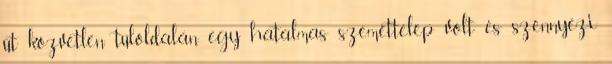
út közvetlen túloldalán egy hatalmas szeméttelep volt és szennyezi